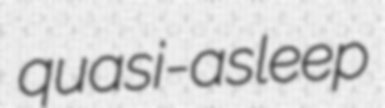
quasi-asleep